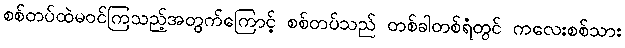
စစ်တပ်ထဲမဝင်ကြသည့်အတွက်ကြောင့် စစ်တပ်သည် တစ်ခါတစ်ရံတွင် ကလေးစစ်သား